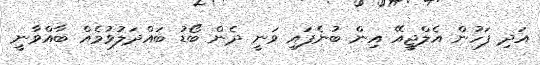
އަދި ފަހުން އެލްޖީއޭ އިން ބުނެފައި ވަނީ ދެން ބޯޑު ބައްދަލުވުމެއް ބާއްވާނީ